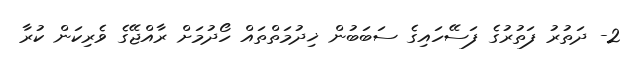
2- ދަތުރު ފަތުރުގެ ފަސޭހައިގެ ސަބަބުން ޚިދުމަތްތައް ހޯދުމަށް ރާއްޖޭގެ ވެރިކަން ކުރާ